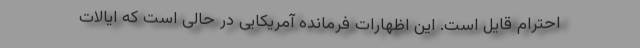
احترام قایل است. این اظهارات فرمانده آمریکایی در حالی است که ایالات